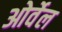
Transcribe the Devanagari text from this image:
ओर्वेल